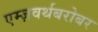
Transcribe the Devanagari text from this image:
एम्ज़वर्थबरोबर